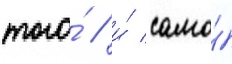
того́ / и́ само́